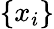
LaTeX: \left\lbrace x_{i}\right\rbrace